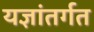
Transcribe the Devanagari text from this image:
यज्ञांतर्गत